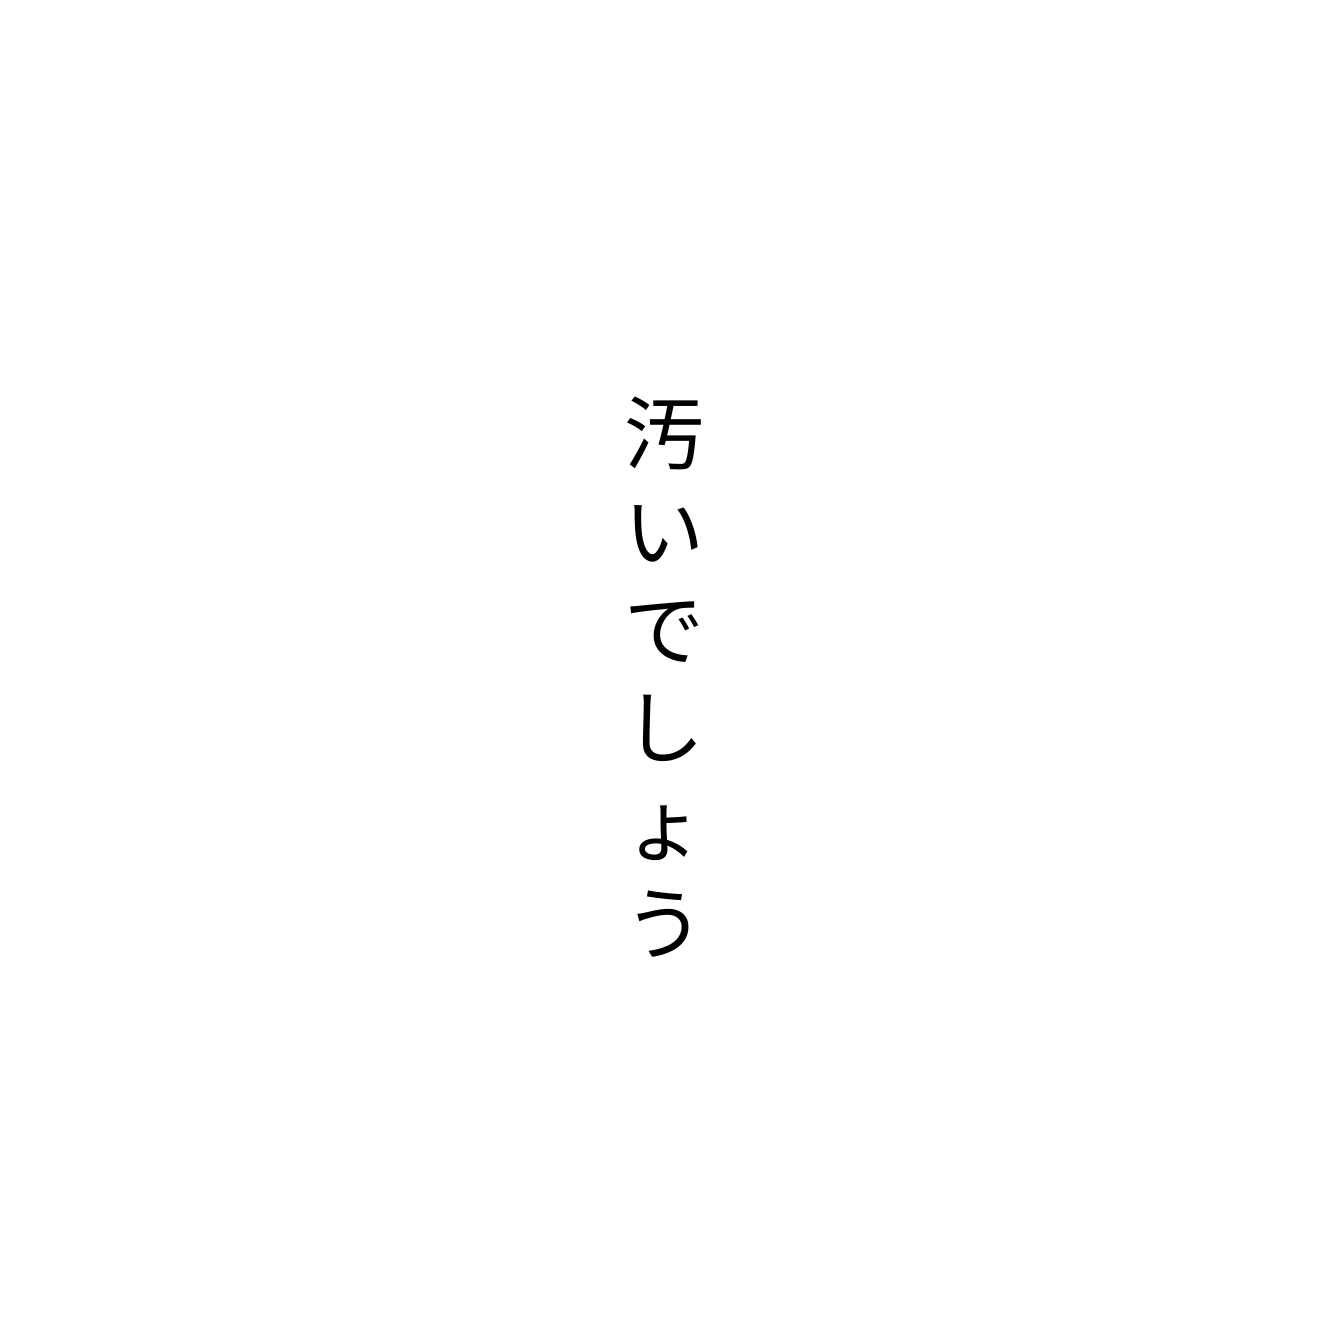
汚いでしょう